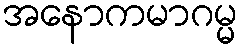
အနောကမာဂမ္မ